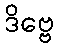
ဒိဗ္ဗေ